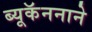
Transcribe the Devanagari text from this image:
ब्यूकॅननाने